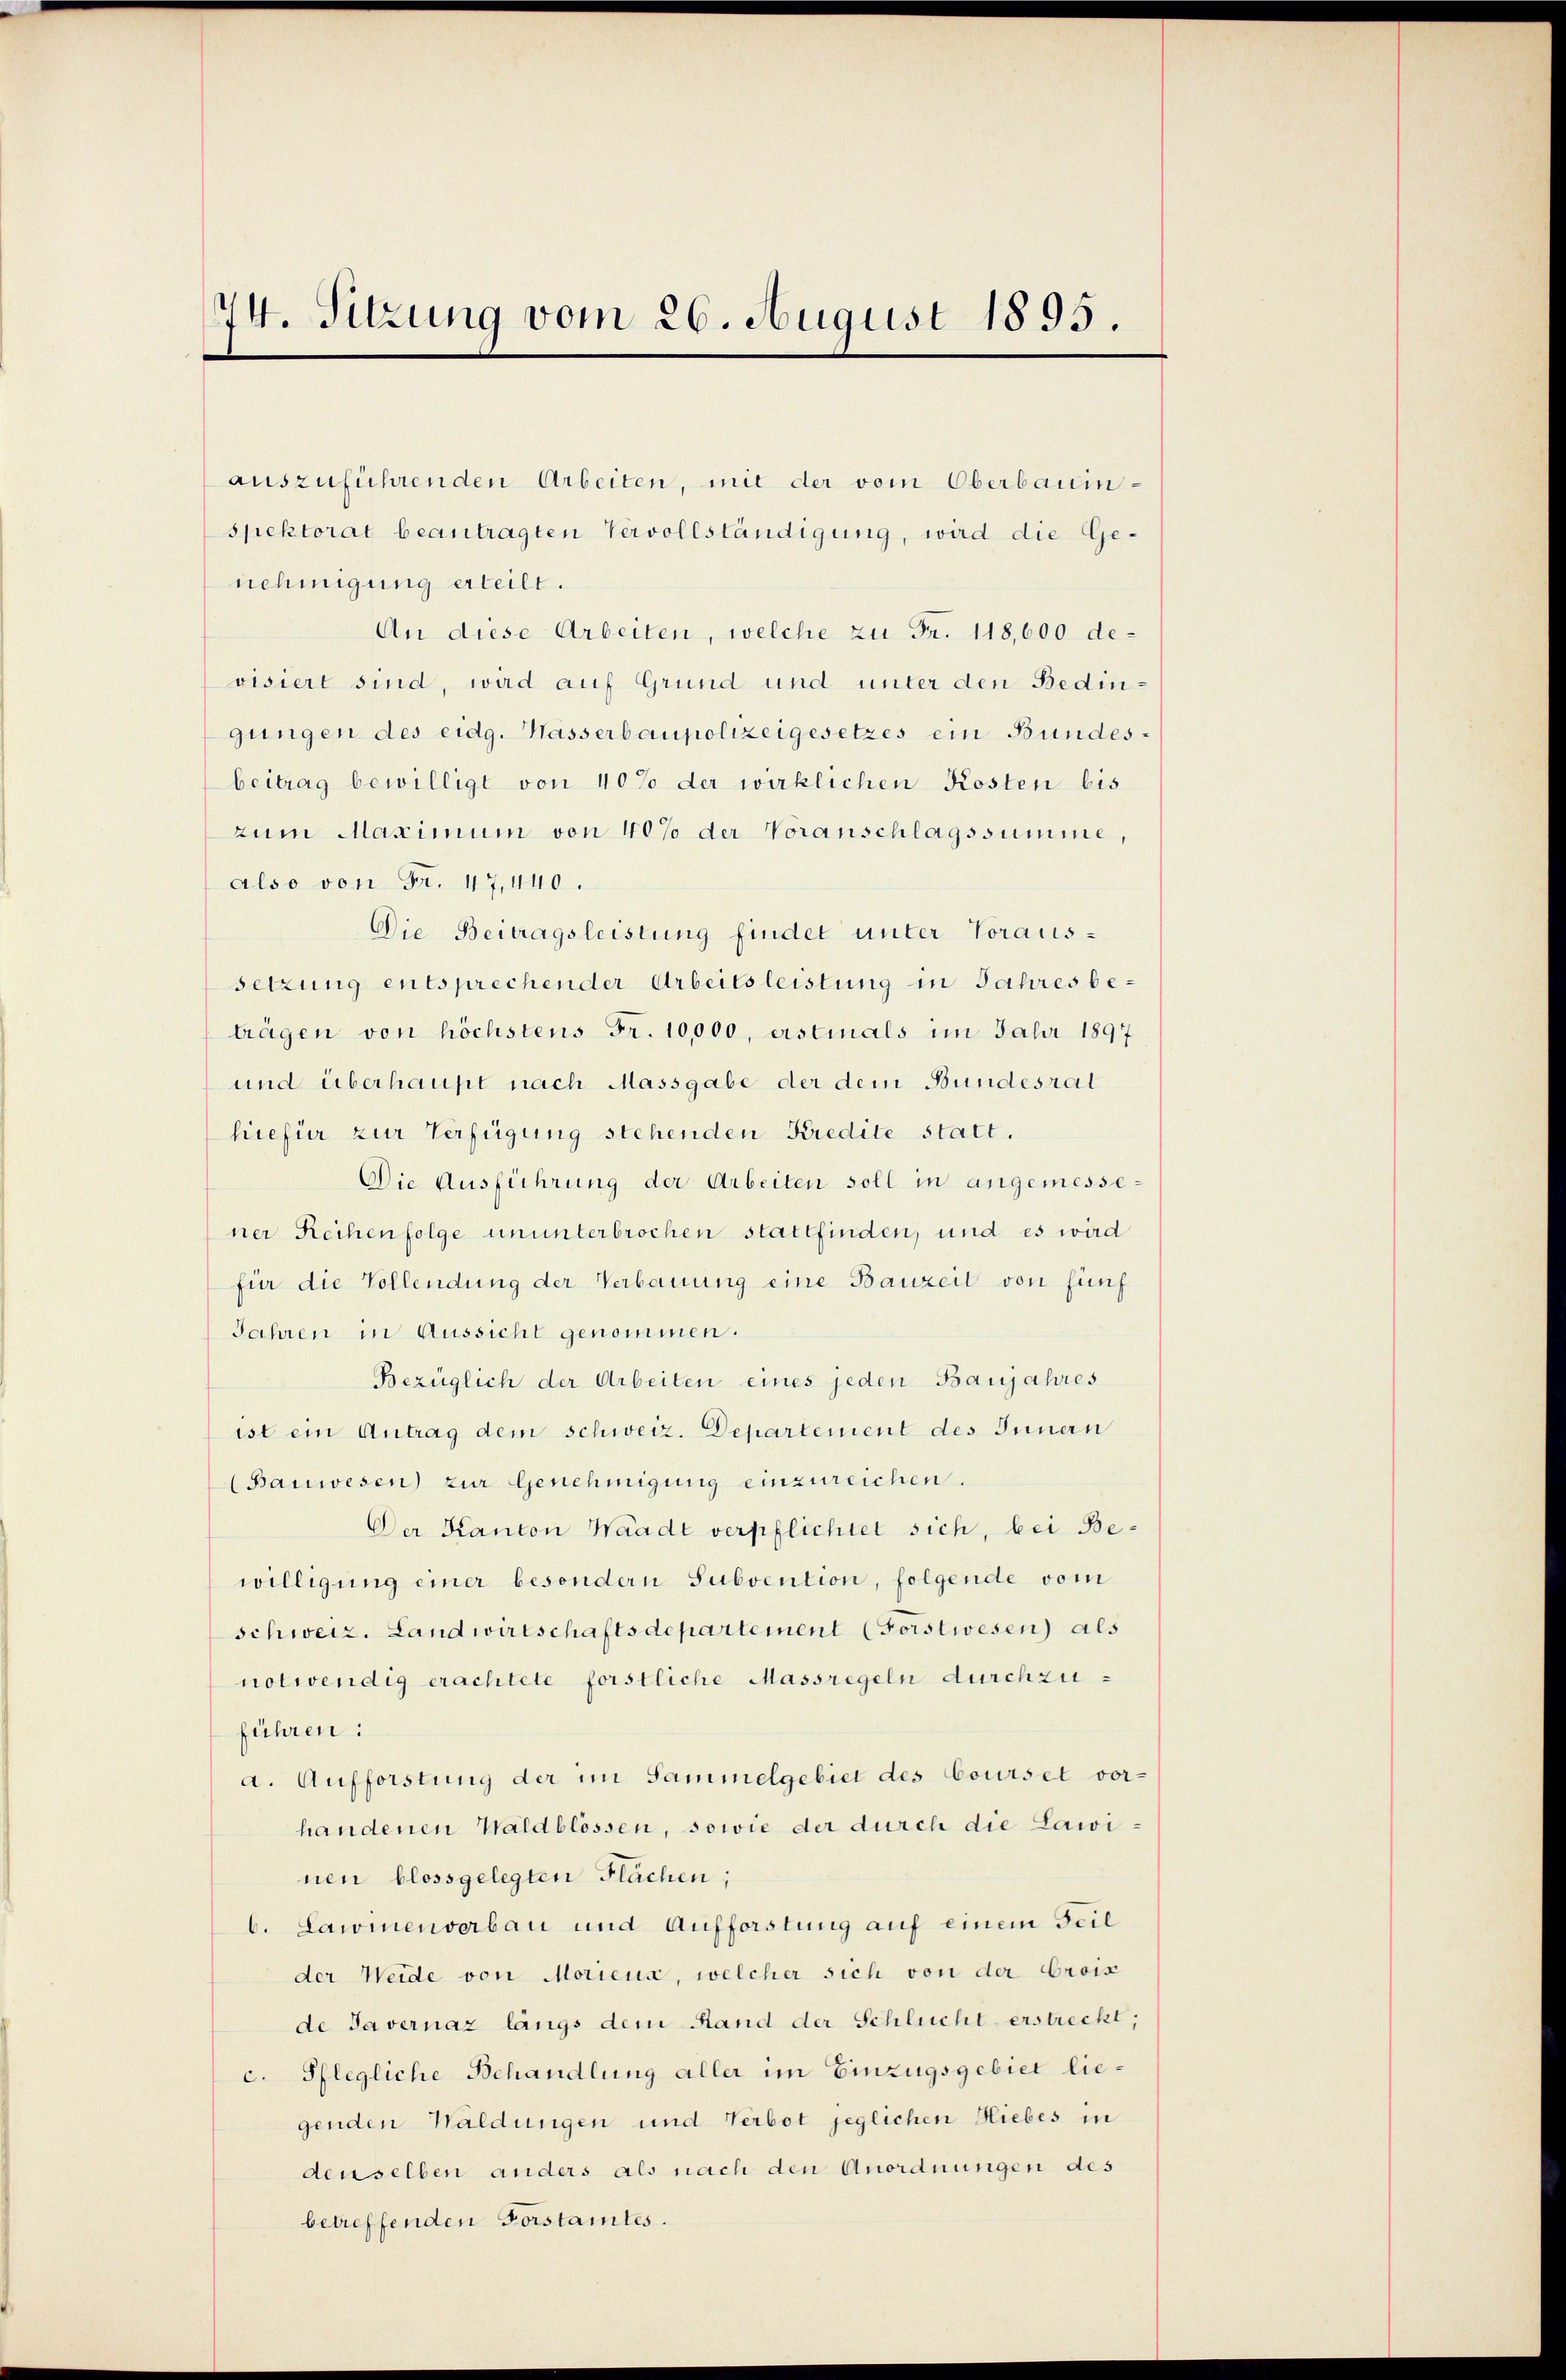
74. Sitzung vom 26. August 1895.

auszuführenden Arbeiten, mit der vom Oberbauinspektorat beantragten Vervollständigung, wird die Genehmigung erteilt.
An diese Arbeiten, welche zu Fr. 118,600 devisiert sind, wird auf Grund und unter den Bedingungen des eidg. Kasserbaupolizeigesetzes ein Bundesbeitrag bewilligt von 40% der wirklichen Kosten bis
zum Maximum von 40% der Voranschlagssumme,
also von Fr. 47,440.
Die Beitragsleistung findet unter Voraussetzung entsprechender Arbeitsleistung in Jahres beträgen von höchstens Fr. 10,000, erstinals im Jahr 1897
und überhaupt nach Massgabe der dem Bundesrat
hiefür zur Verfügung stehenden Kredite statt.
Die Ausführung der Arbeiten soll in angemessener Reihenfolge ununterbrochen stattfinden, und es wird
für die Vollendung der Verbauung eine Bauzeit von fünf
Jahren in Aussicht genommen.
Bezüglich der Arbeiten eines jeden Banjahres
ist ein Antrag dem schweiz. Departement des Innern
Bauwesen) zur Genehmigung einzureichen.
Der Kanton Waadt verpflichtet sich, bei Bewilligung einer besondern Subvention, folgende vom
schweiz. Landwirtschaftsdepartement (Forstwesen) als
notwendig erachtete förstliche Massregeln durchzuführen:
a. Aufforstung der im Sammelgebiet des Courset vorhandenen Waldblossen, sowie der durch die Lawinen blossgelegten Flächen;
b. Lawinenverbau und Aufforstung auf einem Teil
der Weide von Moricus, welcher sich von der Erois
de Tavernaz längs dem Rand der Schluchterstreckt,
c. Pflegliche Behandlung aller im Einzugsgebiet liegenden Waldungen und Verbot jeglichen Hiebes in
denselben anders als nach den Anordnungen des
betreffenden Forstamtes.